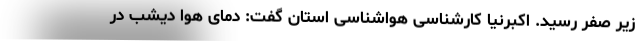
زیر صفر رسید. اکبرنیا کارشناسی هواشناسی استان گفت: دمای هوا دیشب در